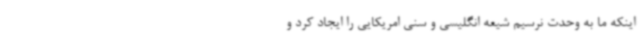
اینکه ما به وحدت نرسیم شیعه انگلیسی و سنی امریکایی را ایجاد کرد و